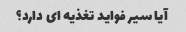
آیا سیر فواید تغذیه ای دارد؟